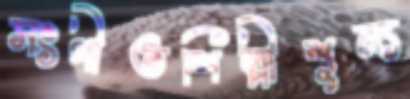
সংগীতশিল্পীশূন্য